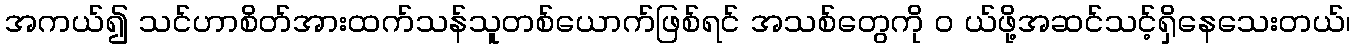
အကယ်၍ သင်ဟာစိတ်အားထက်သန်သူတစ်ယောက်ဖြစ်ရင် အသစ်တွေကို ၀ ယ်ဖို့အဆင်သင့်ရှိနေသေးတယ်၊